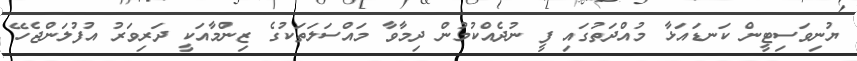
ޔުނިވަސިޓީން ކަނޑައަޅާ މުއްދަތުގައި ފީ ނުދެއްކުމުން ދިމާވާ މައްސަލަތަކުގެ ޒިންމާއަކީ ދަރިވަރު އުފުލަންޖެހޭ